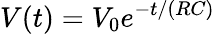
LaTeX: V(t)=V_{0}e^{-t/(RC)}